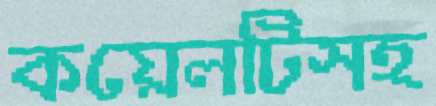
কয়েলটিসহ